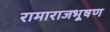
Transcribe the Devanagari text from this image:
रामाराजभूषण